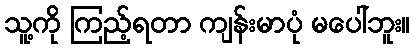
သူ့ကို ကြည့်ရတာ ကျန်းမာပုံ မပေါ်ဘူး။